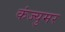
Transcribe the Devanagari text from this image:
कंज्युमर